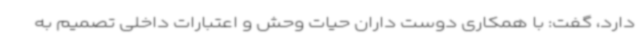
دارد، گفت: با همکاری دوست داران حیات وحش و اعتبارات‌ داخلی تصمیم به